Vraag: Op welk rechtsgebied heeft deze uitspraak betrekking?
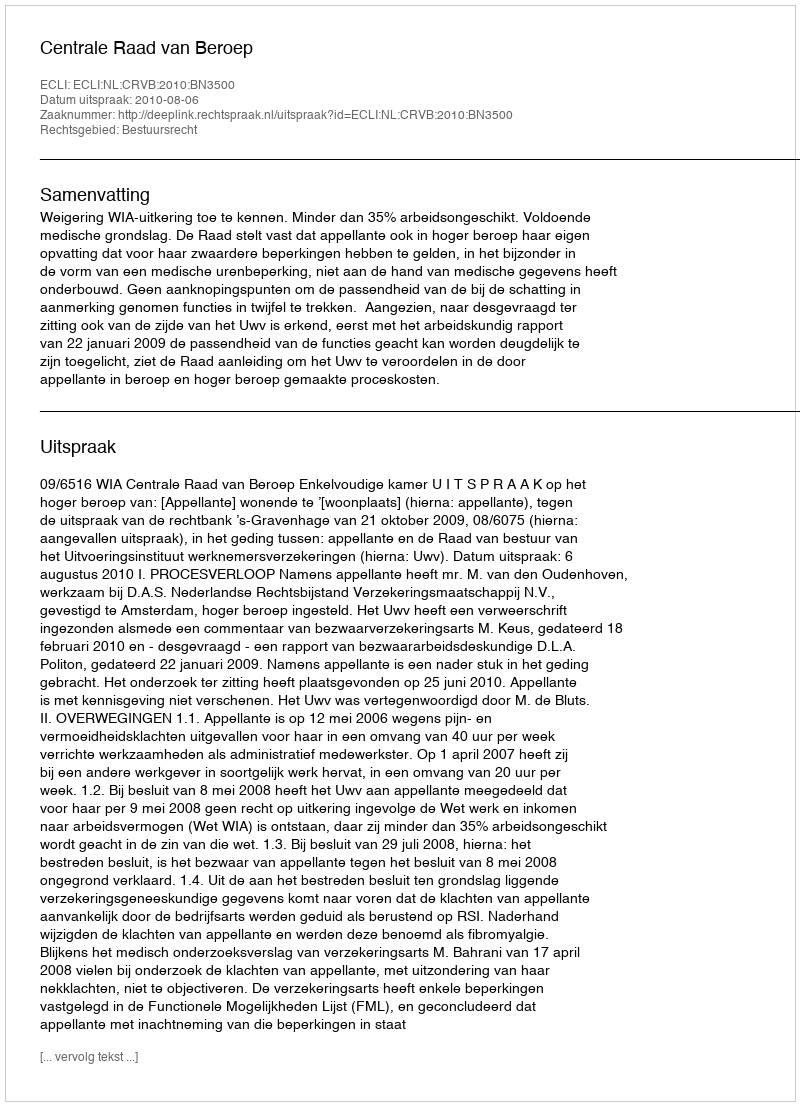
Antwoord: Bestuursrecht